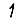
Digit: 1